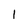
Character: l